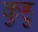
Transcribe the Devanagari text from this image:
कुहु